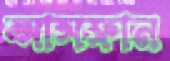
আসফান